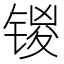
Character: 𰾞